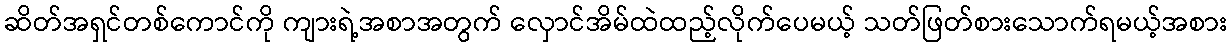
ဆိတ်အရှင်တစ်ကောင်ကို ကျားရဲ့အစာအတွက် လှောင်အိမ်ထဲထည့်လိုက်ပေမယ့် သတ်ဖြတ်စားသောက်ရမယ့်အစား